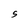
Character: S